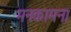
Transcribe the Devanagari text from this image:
मनःकामना